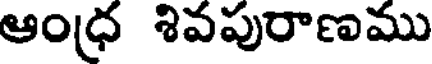
ఆంధ్ర శివపురాణము